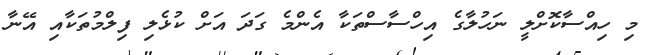
މި ހިއްސާކޮށްލީ ނަހުލާގެ އިހްސާސްތަކާ އެންމެ ގަދަ އަށް ކުޅެލި ފިލްމުތަކާއި އޭނާ